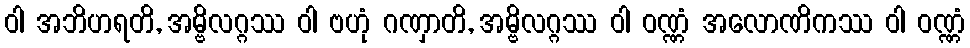
ဝါ အဘိဟရတိ, အမ္ဗိလဂ္ဂဿ ဝါ ဗဟုံ ဂဏှာတိ, အမ္ဗိလဂ္ဂဿ ဝါ ဝဏ္ဏံ အလောဏိကဿ ဝါ ဝဏ္ဏံ